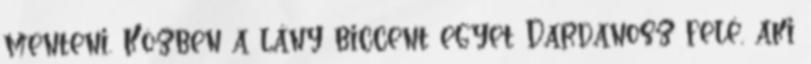
menteni. Közben a lány biccent egyet Dardanosz felé, aki